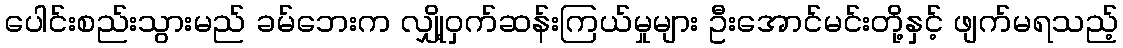
ပေါင်းစည်းသွားမည် ခမ်ဘေးက လျှို့ဝှက်ဆန်းကြယ်မှုများ ဦးအောင်မင်းတို့နှင့် ဖျက်မရသည့်